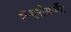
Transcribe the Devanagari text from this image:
इम्यूनोसार्बेंट